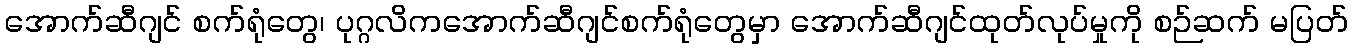
အောက်ဆီဂျင် စက်ရုံတွေ၊ ပုဂ္ဂလိကအောက်ဆီဂျင်စက်ရုံတွေမှာ အောက်ဆီဂျင်ထုတ်လုပ်မှုကို စဉ်ဆက် မပြတ်